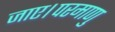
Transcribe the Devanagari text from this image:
जाए।परमाणु